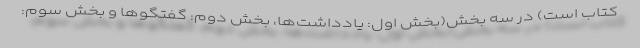
کتاب است) در سه بخش(بخش اول: یادداشت‌ها، بخش دوم: گفتگوها و بخش سوم: